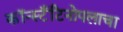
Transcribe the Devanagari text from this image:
कॉन्स्टँटिनोपलाचा